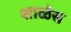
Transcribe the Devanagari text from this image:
शाळेस